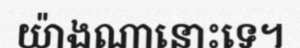
យ៉ាងណានោះទេ។